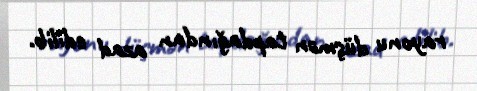
rayonu düşmən tapdağından azad edilib.